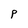
Character: P